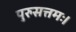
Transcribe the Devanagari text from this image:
पुरुसत्तमः।